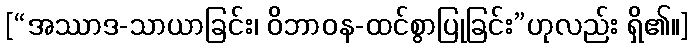
[“အဿာဒ-သာယာခြင်း၊ ဝိဘာဝန-ထင်စွာပြုခြင်း”ဟုလည်း ရှိ၏။]